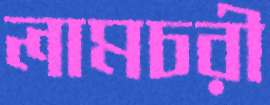
লামচরী